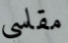
مقاسي